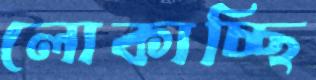
লোকাচ্ছি